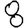
Digit: 8